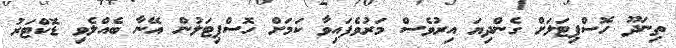
ތިނަދޫ ހޮސްޕިޓަލަށް ގެންދިޔަ އިރުވެސް މަރުވެފައިވާ ކަމަށް ހޮސްޕިޓަލުން އޭނާ ބެއްލެވި ޑޮކްޓަރު